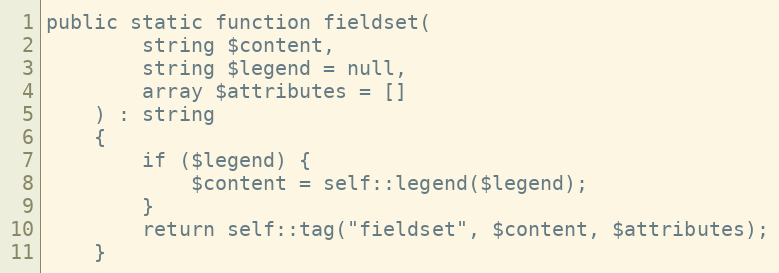
Language: PHP
public static function fieldset(
        string $content,
        string $legend = null,
        array $attributes = []
    ) : string
    {
        if ($legend) {
            $content = self::legend($legend);
        }
        return self::tag("fieldset", $content, $attributes);
    }